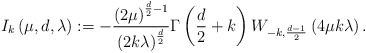
\begin{align*}I_{k}\left( \mu ,d,\lambda \right) :=-\frac{\left( 2\mu \right) ^{\frac{d}{2}-1}}{\left( 2k\lambda \right) ^{\frac{d}{2}}}\Gamma \left( \frac{d}{2}+k\right) W_{-k,\frac{d-1}{2}}\left( 4\mu k\lambda \right) .\end{align*}